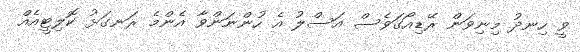
ވީ ހިނދު މިނިވަން ރޭޑިއޯގަވެސް އަސްލު އެ ހުންނަންވާ އެންމެ ރަނގަޅު ކޮލިޓީއެއް